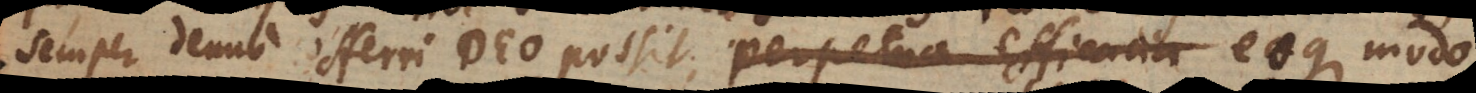
semper denuo offerri Deo possit, perpetua efficacia eaque ratio